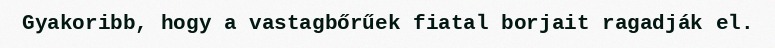
Gyakoribb, hogy a vastagbőrűek fiatal borjait ragadják el.